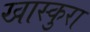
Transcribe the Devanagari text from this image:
खास्कुरा